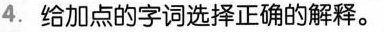
4.给加点的字词选择正确的解释。